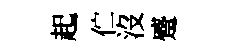
起伫沒蹙